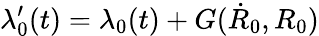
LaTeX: \lambda_{0}^{\prime}(t)=\lambda_{0}(t)+G(\dot{R}_{0},R_{0})